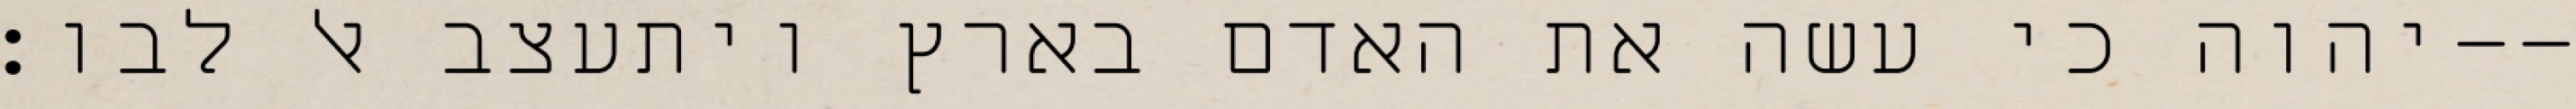
יהוה כי עשה את האדם בארץ ויתעצב אל לבו׃--